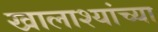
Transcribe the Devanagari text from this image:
खालाश्यांच्या